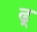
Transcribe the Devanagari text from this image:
ढ़्